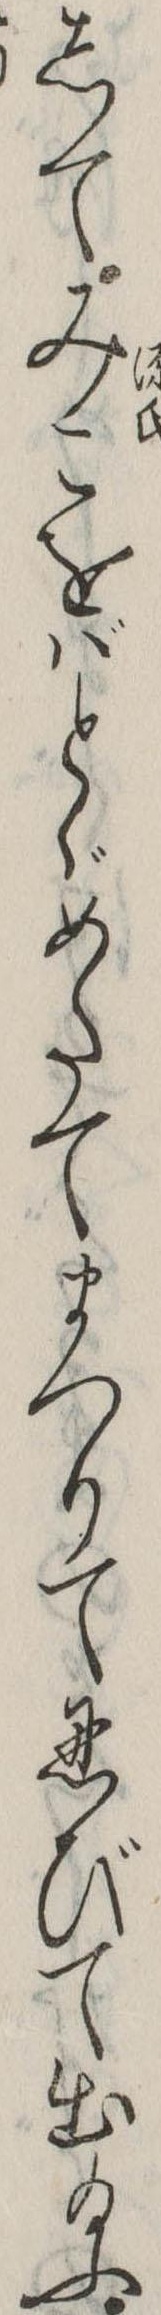
してみこをばとゞめたてまつりて忍びて出給ふ